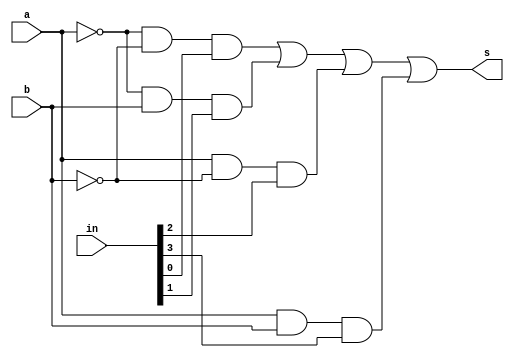
/*
	Descreve o circuito correspondente ao multiplexador 4x1 em verilog utilizando a abordagem por fluxo de dados.
	
*/
module mux_4para1(input a,b,input [3:0] in,output s);
	assign s = (~a)&(~b)&in[0] | (~a)&(b)&in[1] | a&(~b)&in[2] | a&b&in[3];
endmodule